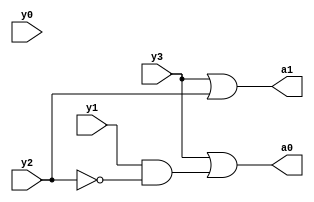
`timescale 1ns / 1ps
//////////////////////////////////////////////////////////////////////////////////
// Company: 
// Engineer: 
// 
// Design Name: 
// Module Name:    encoder_datapath 
// Project Name: 
// Target Devices: 
// Tool versions: 
// Description: 
//
// Dependencies: 
//
// Revision: 
// Revision 0.01 - File Created
// Additional Comments: 
//
//////////////////////////////////////////////////////////////////////////////////
module encoder_datapath(y3,y2,y1,y0,a1,a0 );
	 input y3;
    input y2;
    input y1;
    input y0;
    output a1;
    output a0;
   
	 assign a0=y3|(y1&~y2);
 assign a1=y3|y2;



endmodule